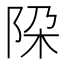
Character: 𨹃